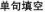
单句填空